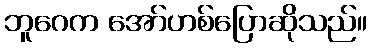
ဘူဂေက အော်ဟစ်ပြောဆိုသည်။